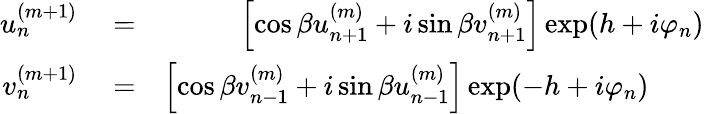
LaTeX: \begin{array}{rlr}{u_{n}^{(m+1)}}&{{}=}&{\left[\cos\beta u_{n+1}^{(m)}+i\sin\beta v_{n+1}^{(m)}\right]\exp(h+i\varphi_{n})}\\ {v_{n}^{(m+1)}}&{{}=}&{\left[\cos\beta v_{n-1}^{(m)}+i\sin\beta u_{n-1}^{(m)}\right]\exp(-h+i\varphi_{n})\; \; \; \; \; \; \; }\end{array}